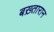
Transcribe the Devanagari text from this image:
बख़्तारान